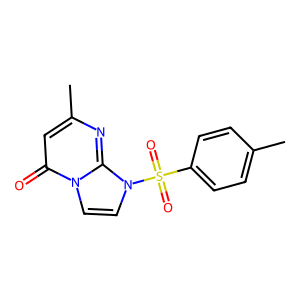
SMILES: Cc1ccc(S(=O)(=O)n2ccn3c(=O)cc(C)nc23)cc1
Inhibits HIV replication: No